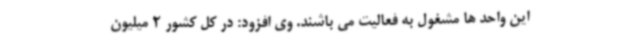
این واحد ها مشغول به فعالیت می باشند. وی افزود: در کل کشور 2 میلیون